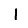
Digit: 1